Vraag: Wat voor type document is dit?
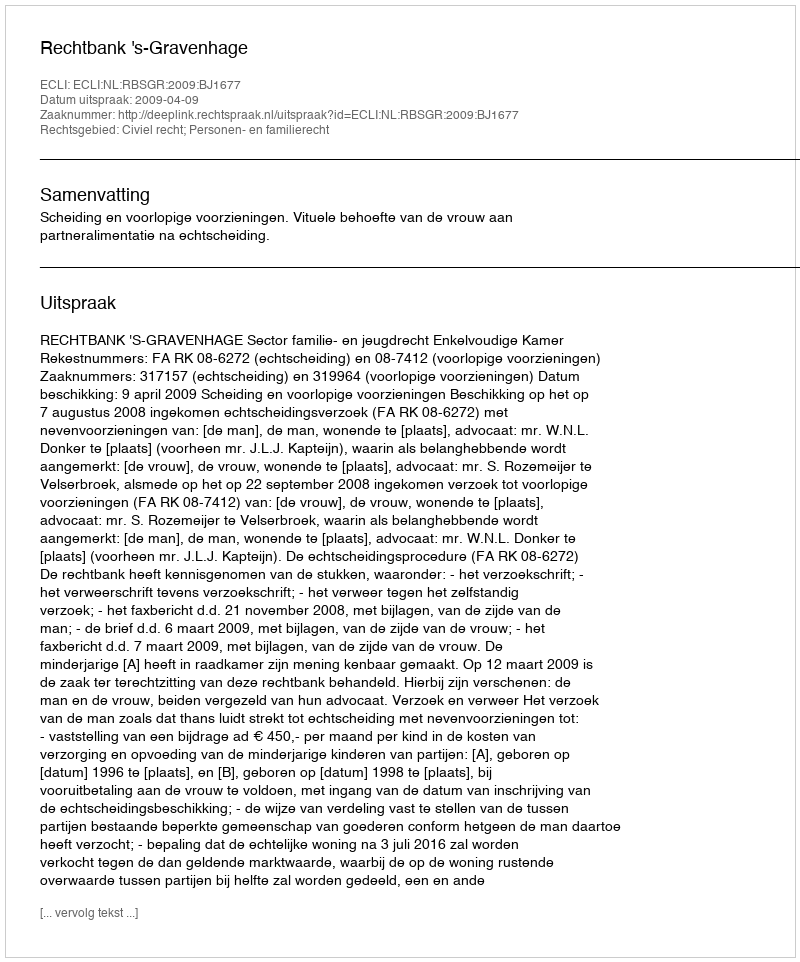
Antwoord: Uitspraak